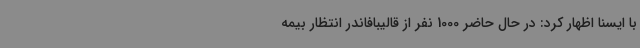
با ایسنا اظهار کرد: در حال حاضر 1000 نفر از قالیبافاندر انتظار بیمه